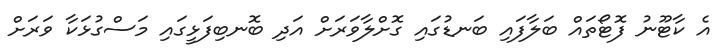
އެ ކާޓޫނު ފޮޓޯތައް ބަލާފައި ބަނޑުގައި ގޮށްލާވަރަށް އަދި ބޮނބިފަޅީގައި މަސްގުޅަކާ ވަރަށް